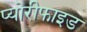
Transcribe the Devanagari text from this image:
प्योरीफाइड